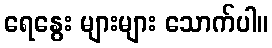
ရေနွေး များများ သောက်ပါ။